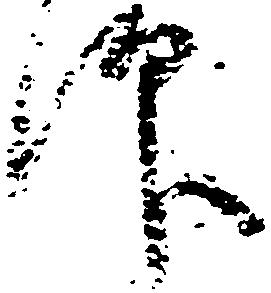
仰